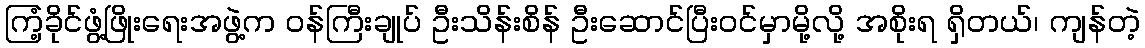
ကြံ့ခိုင်ဖွံ့ဖြိုးရေးအဖွဲ့က ဝန်ကြီးချုပ် ဦးသိန်းစိန် ဦးဆောင်ပြီးဝင်မှာမို့လို့ အစိုးရ ရှိတယ်၊ ကျန်တဲ့